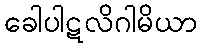
ခေါပါဋလိဂါမိယာ